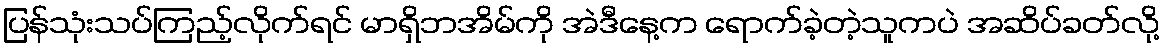
ပြန်သုံးသပ်ကြည့်လိုက်ရင် မာရှိဘအိမ်ကို အဲဒီနေ့က ရောက်ခဲ့တဲ့သူကပဲ အဆိပ်ခတ်လို့